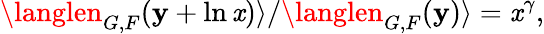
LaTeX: \langlen_{G,F}(\mathbf{y}+\ln\mathit{x})\rangle/\langlen_{G,F}(\mathbf{y})\rangle=\mathit{x}^{\gamma},